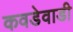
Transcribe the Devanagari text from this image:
कवडेवाडी